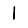
Digit: 1